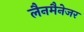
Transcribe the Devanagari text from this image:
लैनमैनेजर